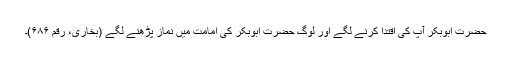
حضرت ابوبکر آپ کی اقتدا کرنے لگے اور لوگ حضرت ابوبکر کی امامت میں نماز پڑھنے لگے (بخاری، رقم ۶۸۶)۔